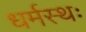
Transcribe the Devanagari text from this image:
धर्मस्थः